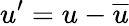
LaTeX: u^{\prime}=u-{\overline{{u}}}